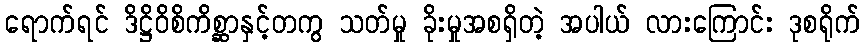
ရောက်ရင် ဒိဋ္ဌိဝိစိကိစ္ဆာနှင့်တကွ သတ်မှု ခိုးမှုအစရှိတဲ့ အပါယ် လားကြောင်း ဒုစရိုက်